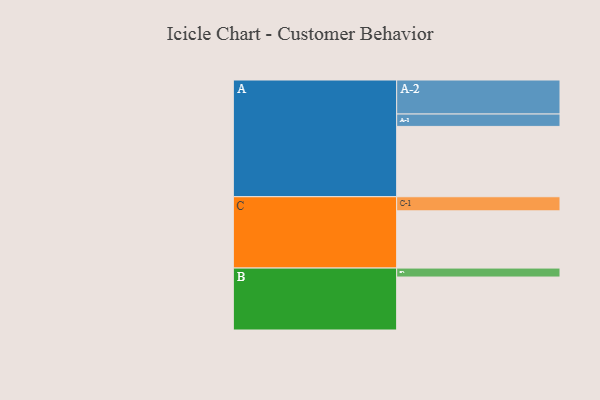
{"axis": {"x": "Segment", "y": "Value"}, "legend": ["", "A", "B", "C"], "data": [{"x": "A", "y": 494, "type": ""}, {"x": "B", "y": 372, "type": ""}, {"x": "C", "y": 402, "type": ""}, {"x": "A-1", "y": 87, "type": "A"}, {"x": "A-2", "y": 239, "type": "A"}, {"x": "B-1", "y": 63, "type": "B"}, {"x": "C-1", "y": 99, "type": "C"}]}